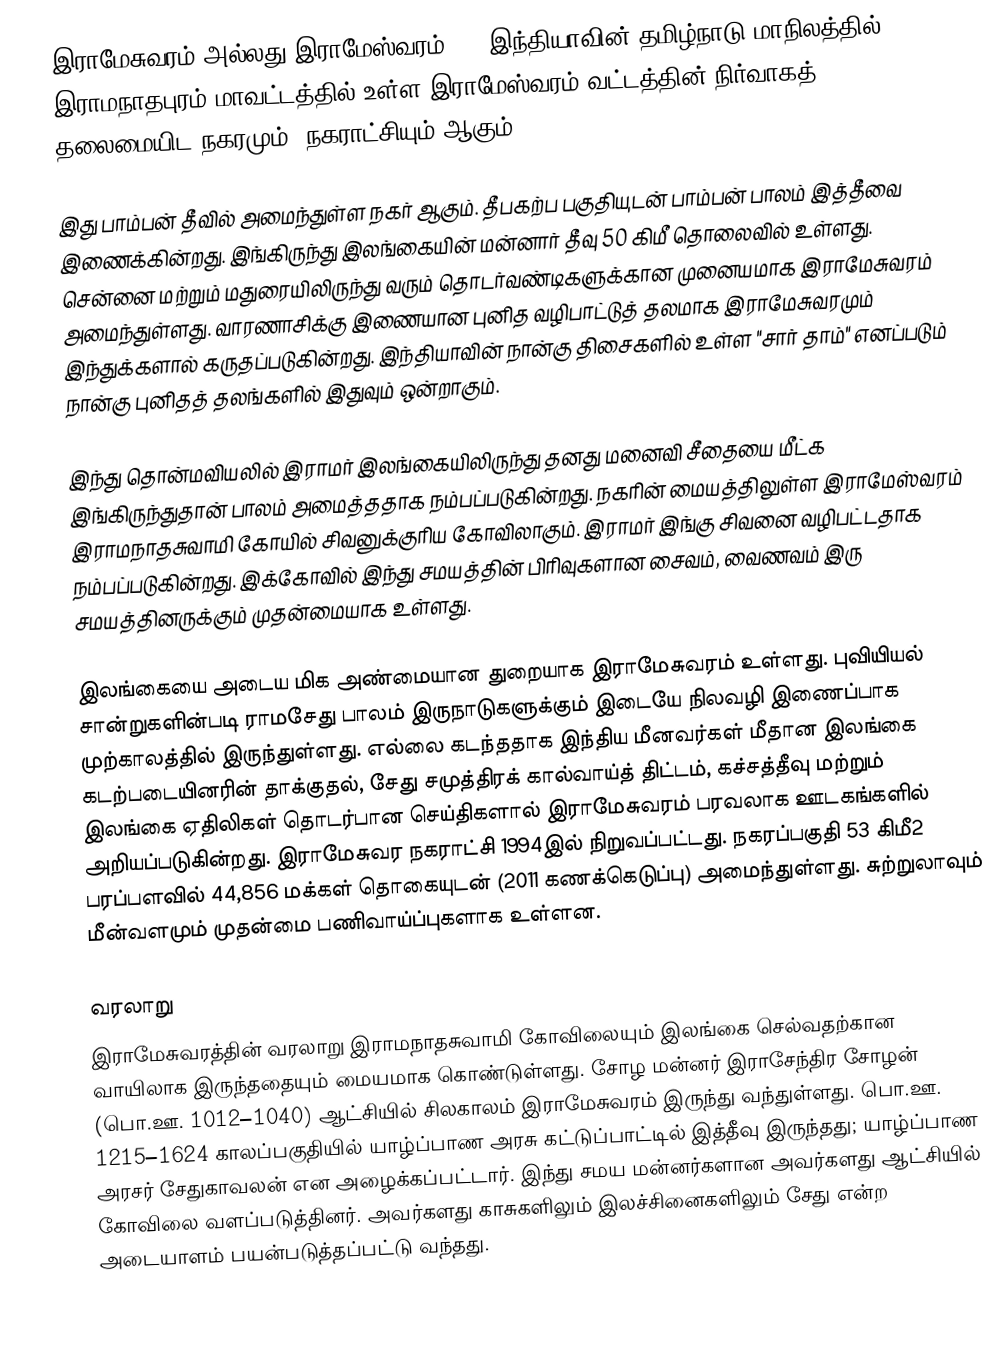
இராமேசுவரம் அல்லது இராமேஸ்வரம் (), இந்தியாவின் தமிழ்நாடு மாநிலத்தில் இராமநாதபுரம் மாவட்டத்தில் உள்ள இராமேஸ்வரம் வட்டத்தின் நிர்வாகத் தலைமையிட நகரமும், நகராட்சியும் ஆகும்.

இது பாம்பன் தீவில் அமைந்துள்ள  நகர் ஆகும்.  தீபகற்ப பகுதியுடன் பாம்பன் பாலம்  இத்தீவை இணைக்கின்றது. இங்கிருந்து இலங்கையின் மன்னார் தீவு 50 கிமீ தொலைவில் உள்ளது.  சென்னை மற்றும் மதுரையிலிருந்து வரும் தொடர்வண்டிகளுக்கான முனையமாக இராமேசுவரம் அமைந்துள்ளது. வாரணாசிக்கு இணையான புனித வழிபாட்டுத் தலமாக இராமேசுவரமும் இந்துக்களால் கருதப்படுகின்றது. இந்தியாவின் நான்கு திசைகளில் உள்ள "சார் தாம்" எனப்படும் நான்கு புனிதத் தலங்களில் இதுவும் ஒன்றாகும்.

இந்து தொன்மவியலில் இராமர் இலங்கையிலிருந்து தனது மனைவி சீதையை மீட்க இங்கிருந்துதான் பாலம் அமைத்ததாக நம்பப்படுகின்றது. நகரின் மையத்திலுள்ள இராமேஸ்வரம் இராமநாதசுவாமி கோயில் சிவனுக்குரிய கோவிலாகும். இராமர் இங்கு சிவனை வழிபட்டதாக நம்பப்படுகின்றது.  இக்கோவில் இந்து சமயத்தின் பிரிவுகளான சைவம், வைணவம் இரு சமயத்தினருக்கும் முதன்மையாக உள்ளது.

இலங்கையை அடைய மிக அண்மையான துறையாக இராமேசுவரம் உள்ளது. புவியியல் சான்றுகளின்படி ராமசேது பாலம் இருநாடுகளுக்கும் இடையே நிலவழி இணைப்பாக  முற்காலத்தில் இருந்துள்ளது. எல்லை கடந்ததாக இந்திய மீனவர்கள் மீதான இலங்கை கடற்படையினரின்  தாக்குதல், சேது சமுத்திரக் கால்வாய்த் திட்டம், கச்சத்தீவு மற்றும் இலங்கை ஏதிலிகள் தொடர்பான செய்திகளால் இராமேசுவரம் பரவலாக ஊடகங்களில் அறியப்படுகின்றது. இராமேசுவர நகராட்சி 1994இல் நிறுவப்பட்டது. நகரப்பகுதி   53 கிமீ2 பரப்பளவில் 44,856 மக்கள் தொகையுடன்  (2011 கணக்கெடுப்பு) அமைந்துள்ளது. சுற்றுலாவும்  மீன்வளமும் முதன்மை பணிவாய்ப்புகளாக உள்ளன.

வரலாறு
இராமேசுவரத்தின் வரலாறு இராமநாதசுவாமி கோவிலையும் இலங்கை செல்வதற்கான வாயிலாக இருந்ததையும் மையமாக கொண்டுள்ளது.  சோழ மன்னர் இராசேந்திர சோழன் (பொ.ஊ. 1012–1040) ஆட்சியில் சிலகாலம் இராமேசுவரம் இருந்து வந்துள்ளது. பொ.ஊ. 1215–1624 காலப்பகுதியில் யாழ்ப்பாண அரசு கட்டுப்பாட்டில் இத்தீவு இருந்தது; யாழ்ப்பாண அரசர் சேதுகாவலன் என அழைக்கப்பட்டார். இந்து சமய மன்னர்களான அவர்களது ஆட்சியில் கோவிலை வளப்படுத்தினர். அவர்களது காசுகளிலும் இலச்சினைகளிலும் சேது என்ற அடையாளம் பயன்படுத்தப்பட்டு வந்தது.